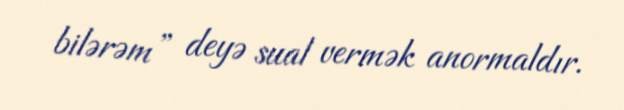
bilərəm” deyə sual vermək anormaldır.